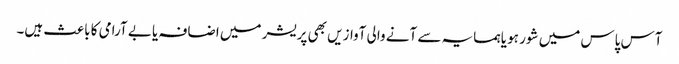
آس پاس میں شور ہو یا ہمسایہ سے آنے والی آوازیں بھی پریشر میں اضافہ یا بے آرامی کا باعث ہیں۔